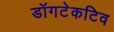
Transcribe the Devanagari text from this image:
डॉगटेकटिव